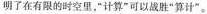
明了在有限的时空里，”计算”可以战胜”算计”。